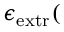
\epsilon _ { \mathrm { { e x t r } } } ( \